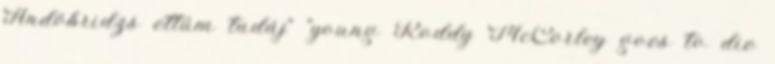
Andöbridzs ettúm tudáj” "young Roddy McCorley goes to die